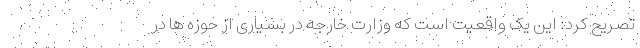
تصریح کرد: این یک واقعیت است که وزارت خارجه در بسیاری از حوزه ها در